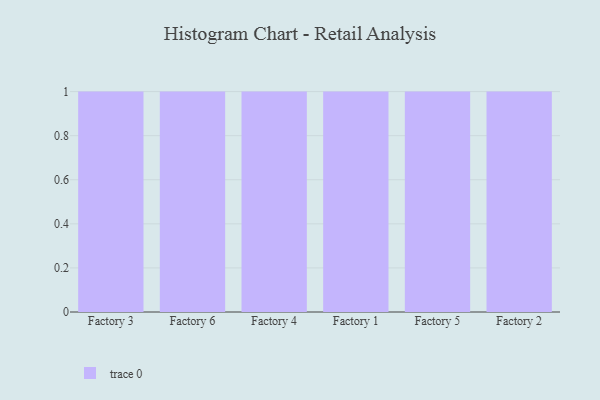
{"axis": {"x": "Factory", "y": "Budget (USD K)"}, "legend": [""], "data": [{"x": "Factory 3", "y": 81, "type": ""}, {"x": "Factory 6", "y": 20, "type": ""}, {"x": "Factory 4", "y": 28, "type": ""}, {"x": "Factory 1", "y": 29, "type": ""}, {"x": "Factory 5", "y": 50, "type": ""}, {"x": "Factory 2", "y": 15, "type": ""}]}